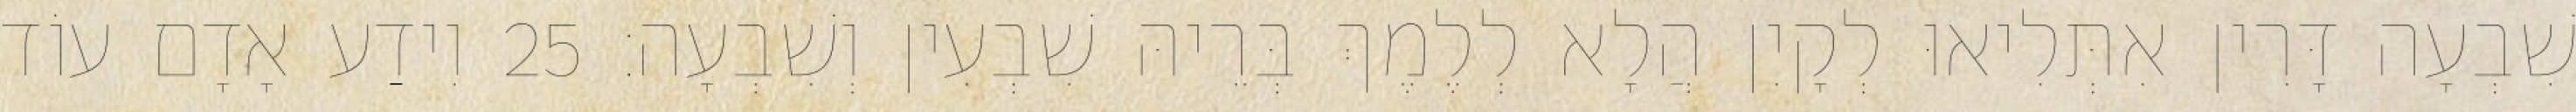
שִׁבְעָה דָּרִין אִתְּלִיאוּ לְקָיִן הֲלָא לְלֶמֶךְ בְּרֵיהּ שִׁבְעִין וְשִׁבְעָה׃ 25 וִידַע אָדָם עוֹד